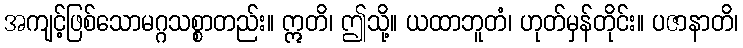
အကျင့်ဖြစ်သောမဂ္ဂသစ္စာတည်း။ ဣတိ၊ ဤသို့။ ယထာဘူတံ၊ ဟုတ်မှန်တိုင်း။ ပဇာနာတိ၊